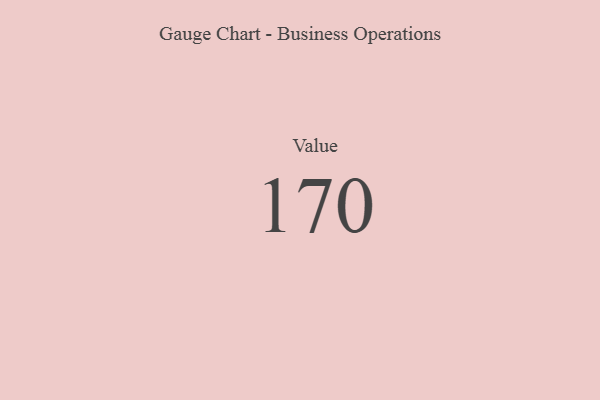
{"axis": {"x": "Metric", "y": "Value"}, "legend": [""], "data": [{"x": "Value", "y": 170, "type": ""}]}